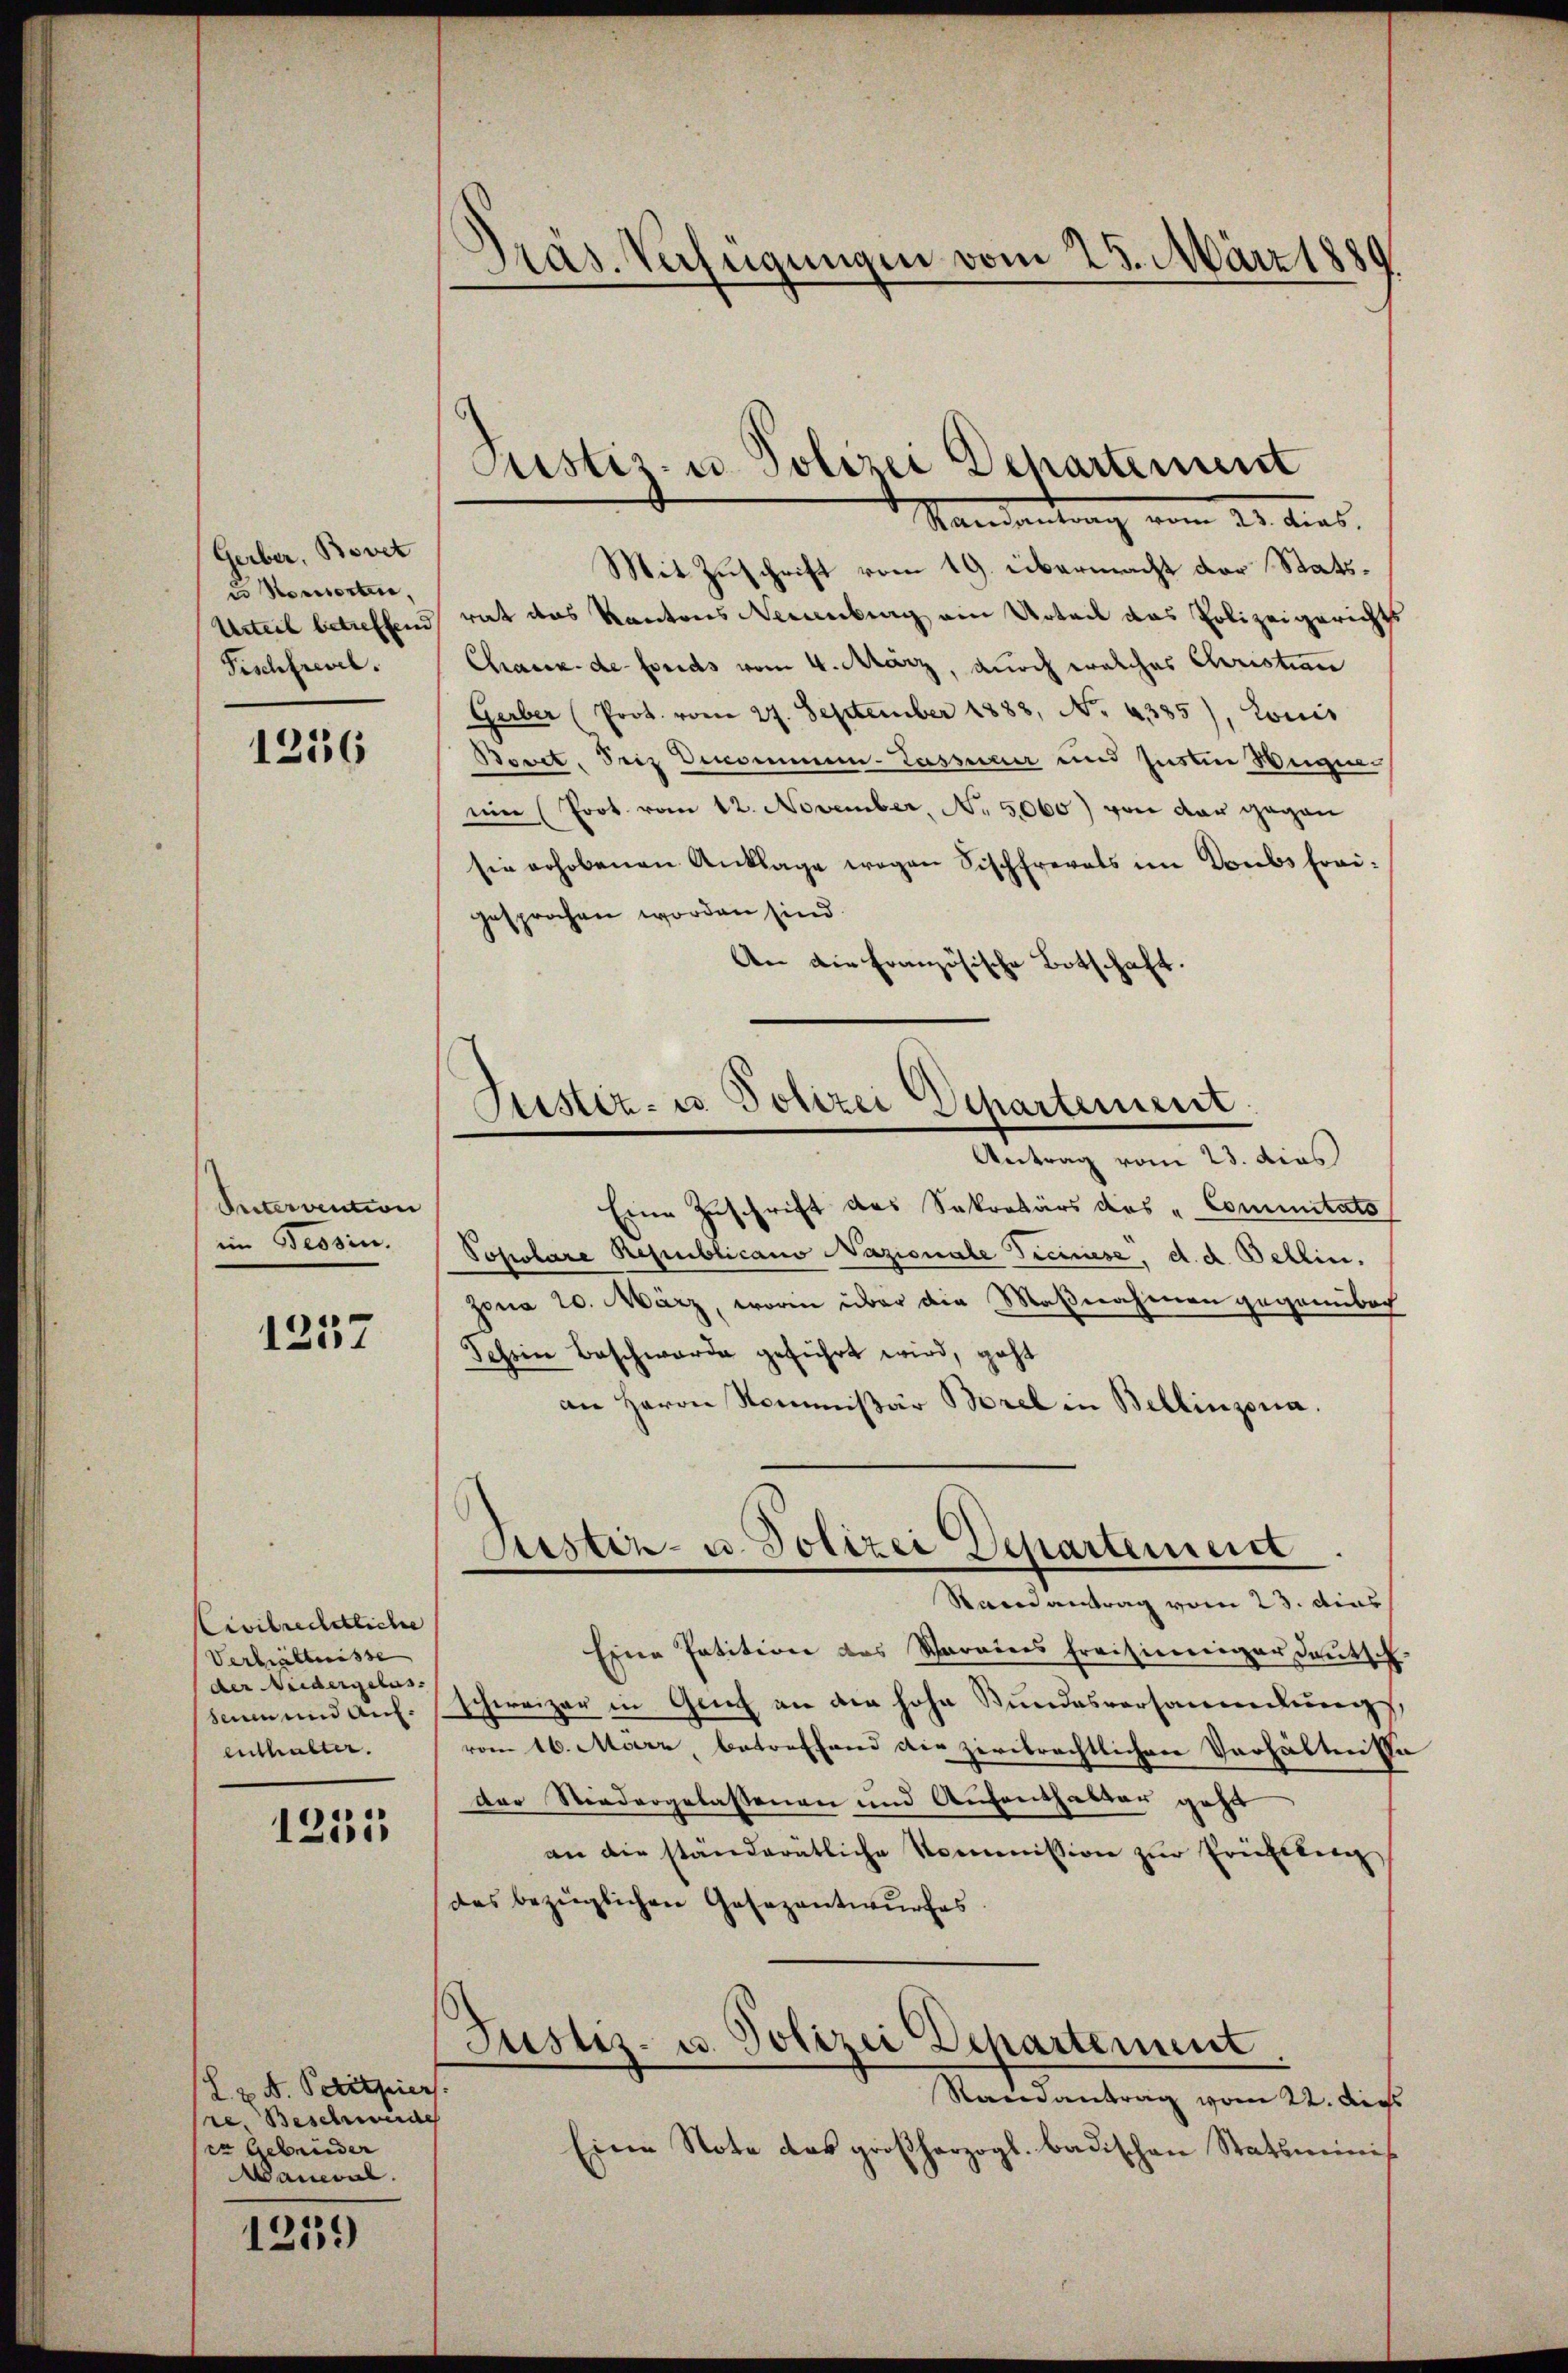
Gerber, Bovet
un Konsorten,
Fischfrevel.

1256

Seitervention
im Bessen.

1257

Civilrechtliche
(Verhältnisse
der Neidergelas
senen und Aufenthalter.

1255

(L. z. B. Petitpier
re. Beschwerde
er Gebrüder
aneval.

.
)

Mit Zuschrift vom 19. übermacht der Statt¬
Urteil betreffend rat das Kantons Neuenburg ein Urteil das Polizeigerichts
Chaux-de-Fonds vom 4. März, durch welches Christian
Gerber (Prot. vom 27. September 1888, N. 4385), Louis
Bovet, Seiz Benommen-Lasser und insten Wegen.
uin (Prot. vom 12. November, No. 5060) von der gegen
sie erhobenen Anklage wegen Fischfrevets im Doubs fraigesprochen worden sind.
An die Französische Botschaft.

Präs. Verfügungen vom 25. März 1880

Justiz- u. Polizei Departement
Mandantrag vom 21. dies

Sistiz- u. Polizei Departement
Antrag vom 23. dies

Eine Zuschrift des Sekretärs das Commitato
Sopolare Republicano Nazionale Ticinese, d. d. Bellin.
Zona 20. März, worin über die Maßnahmen gegenüber
Schein Beschwerde geführt wird, geht
an Herrn Kommißär Borel in Bellinzona.
Eine Patition des Vereins freisinniger deutsch
schweizer in Gauch an die hohe Bundesversammlungs
vom 16. März, betreffend die zerbrechtlichen Verhältnisse
Der Niedergelassenen und Aufenthalter geht
an die ständerätliche Kommission zur Erichtung,
das bezüglichen Gesezentwurfes.

Restiz- u. Polizei Departement
Saenantrag vom 23. dies

Justiz- u. Polizei Departement
Randantrag vom 22. dies

Eine Note das großherzogl. badischen Statsminis